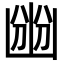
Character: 㟗